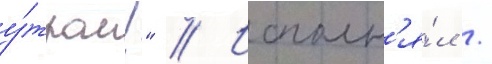
у́тром!" // Исполн'я́л /